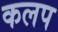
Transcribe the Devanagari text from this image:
कलप